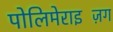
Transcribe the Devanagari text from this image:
पोलिमेराइज़िंग